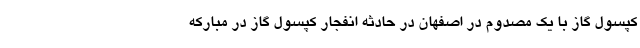
کپسول گاز با یک مصدوم در اصفهان در حادثه انفجار کپسول گاز در مبارکه